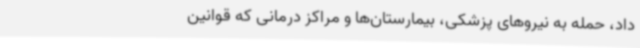
داد، حمله به نیروهای پزشکی، بیمارستان‌ها و مراکز درمانی که قوانین